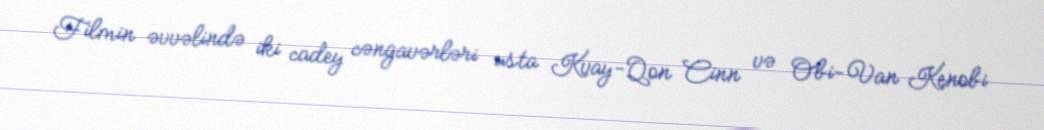
Filmin əvvəlində iki cadey cəngavərləri usta Kvay-Qon Cinn və Obi-Van Kenobi